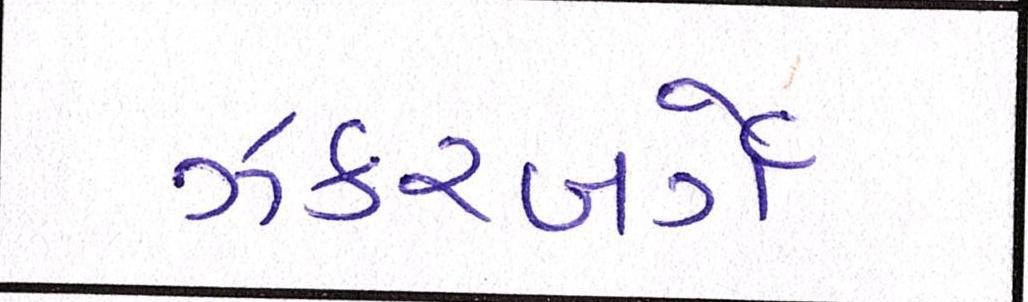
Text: ઝકરબર્ગે